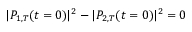
| P _ { 1 , T } ( t = 0 ) | ^ { 2 } - | P _ { 2 , T } ( t = 0 ) | ^ { 2 } = 0